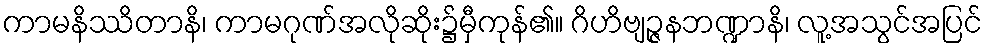
ကာမနိဿိတာနိ၊ ကာမဂုဏ်အလိုဆိုး၌မှီကုန်၏။ ဂိဟိဗျဉ္ဇနဘဏ္ဍာနိ၊ လူ့အသွင်အပြင်